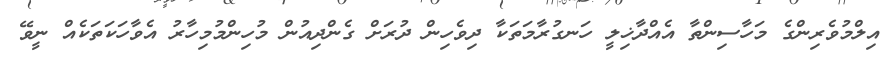
އިލްމުވެރިންގެ މަހާސިންތާ އެއްދާޚިލީ ހަނގުރާމަތަކާ ދިވެހިން ދުރަށް ގެންދިއުން މުހިންމުމިހާރު އެވާހަކަތަކެއް ނީވޭ